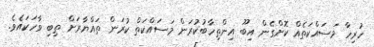
ހުރިހާ މަސައްކަތެއް ކޮށްގެން އިބޫ އިންތިހާބުކުރަން މަސައްކަތް ކުރަން ތައްޔާރަށް ތިބި ވާހަކައެވެ.